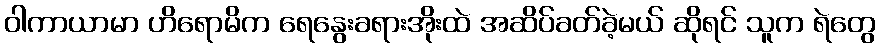
ဝါကာယာမာ ဟိရောမိက ရေနွေးခရားအိုးထဲ အဆိပ်ခတ်ခဲ့မယ် ဆိုရင် သူက ရဲတွေ